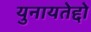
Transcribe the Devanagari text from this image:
युनायतेद्दो